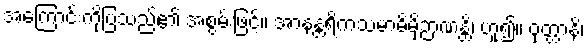
အကြောင်းကိုပြသည်၏ အစွမ်းဖြင့်။ အာနန္တရိကသမာဓိမှိဉာဏန္တိ၊ ဟူ၍။ ဝုတ္တာနိ၊